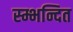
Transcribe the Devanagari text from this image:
स्म्भन्दित